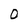
Character: O